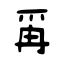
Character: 爯